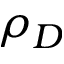
\rho _ { D }